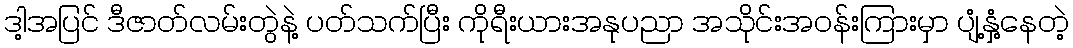
ဒါ့အပြင် ဒီဇာတ်လမ်းတွဲနဲ့ ပတ်သက်ပြီး ကိုရီးယားအနုပညာ အသိုင်းအဝန်းကြားမှာ ပျံ့နှံ့နေတဲ့